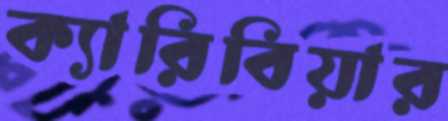
ক্যারিবিয়ার